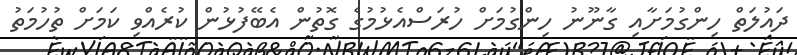
ދައުލަތް ހިންގުމަށާއި ގާނޫނު ހިންގުމަށް ހުރަސްއެޅުމުގެ ގޮތުން އެބޭފުޅުން ކުރެއްވި ކަމަށް ތުހުމަތު